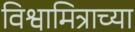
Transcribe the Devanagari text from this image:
विश्वामित्राच्या